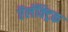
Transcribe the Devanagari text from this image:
ऍलॅक्ट्रिक